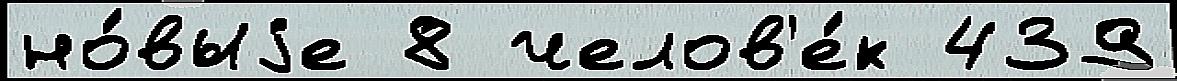
но́выjе 8 челов'е́к 439